Punjab Mental Hospital Lahore 1932-46 - 1932-1946
Year: 1932
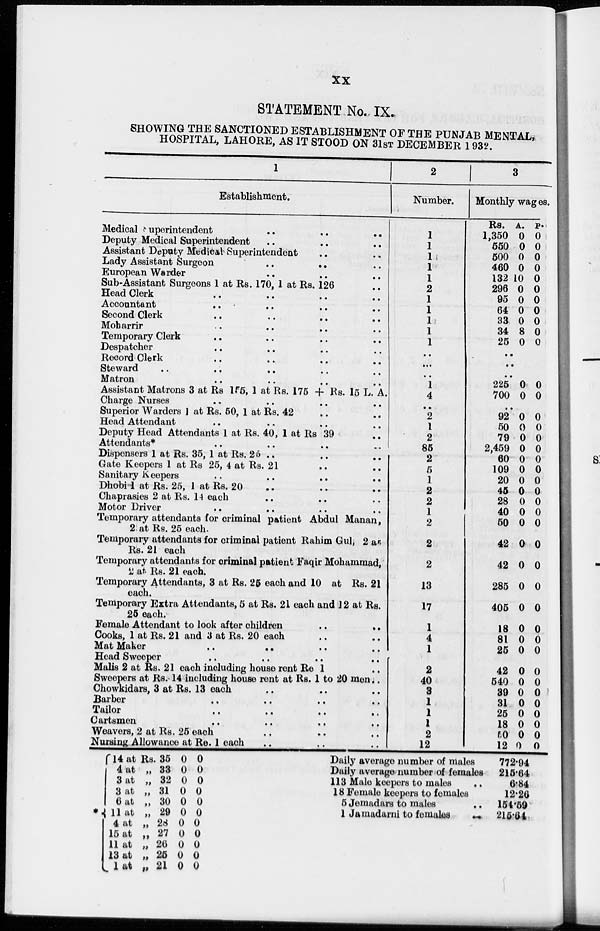
xx
STATEMENT No. IX.
SHOWING THE SANCTIONED ESTABLISHMENT OF THE PUNJAB MENTAL,
HOSPITAL, LAHORE, AS IT STOOD ON 31ST DECEMBER 1932.
1
Establishment.
Medical superintendent .. .. ..
Deputy Medical Superintendent .. .. ..
Assistant Deputy Medical Superintendent .. ..
Lady Assistant Surgeon .. .. ..
European Warder .. .. ..
Sub-Assistant Surgeons 1 at Rs. 170, 1 at Rs. 126 ..
Head Clerk .. .. .. ..
Accountant .. .. .. ..
Second Clerk .. .. .. ..
Moharrir .. .. .. ..
Temporary Clerk .. .. .. ..
Despatcher .. .. .. ..
Record Clerk .. .. .. ..
Steward .. .. .. .. ..
Matron .. .. .. ..
Assistant Matrons 3 at Rs 155, 1 at Rs. 175 + Rs. 15 L. A.
Charge Nurses .. .. .. ..
Superior Warders 1 at Rs. 50, 1 at Rs. 42 .. ..
Head Attendant .. .. .. ..
Deputy Head Attendants 1 at Rs. 40, 1 at Rs 39 ..
Attendants* .. .. .. ..
Dispensers 1 at Rs. 35, 1 at Rs. 25 .. ..
Gate Keepers 1 at Rs 25, 4 at Rs. 21 .. ..
Sanitary Keepers .. .. .. ..
Dhobi 1 at Rs. 25, 1 at Rs. 20 .. .. ..
Chaprasies 2 at Rs. 14 each .. .. ..
Motor Driver .. .. .. ..
Temporary attendants for criminal patient Abdul Manan,
2 at Rs. 25 each.
Temporary attendants for criminal patient Rahim Gul, 2 at
Rs. 21 each
Temporary attendants for criminal patient Faqir Mohammad,
2 at Rs. 21 each.
Temporary Attendants, 3 at Rs. 25 each and 10 at Rs. 21
each.
Temporary Extra Attendants, 5 at Rs. 21 each and 12 at Rs.
25 each.
Female Attendant to look after children .. ..
Cooks, 1 at Rs. 21 and 3 at Rs. 20 each .. ..
Mat Maker
..
..
..
..
Head Sweeper .. .. .. ..
Malis 2 at Rs. 21 each including house rent Re 1
Sweepers at Rs. 14 including house rent at Rs. 1 to 20 men ..
Chowkidars, 3 at Rs. 13 each .. .. ..
Barber .. .. .. ..
Tailor .. .. .. ..
Cartsmen .. .. .. ..
Weavers, 2 at Rs. 25 each .. .. ..
Nursing Allowance at Re. 1 each .. .. ..
2
Number.
1
1
1
1
1
2
1
1
1
1
1
..
..
..
1
4
..
2
1
2
85
2
5
1
2
2
1
2
2
2
13
17
1
4
1
2
40
3
1
1
1
2
12
3
Monthly wages.
Rs.
1,350
550
500
460
132
296
95
64
33
34
25
A.
0
0
0
0
10
0
0
0
0
8
0
P.
0
0
0
0
0
0
0
0
0
0
0
..
..
..
225
700
0
0
0
0
..
92
50
79
2,459
60
109
20
45
28
40
50
42
42
285
405
18
81
25
42
540
39
31
25
18
50
12
0
0
0
0
0
0
0
0
0
0
0
0
0
0
0
0
0
0
0
0
0
0
0
0
0
0
0
0
0
0
0
0
0
0
0
0
0
0
0
0
0
0
0
0
0
0
0
0
0
0
0
0
* 14 at Rs
4 at „
3 at „
3 at „
6 at „
11 at „
4 at „
15 at „
11 at „
13 at „
1 at „
35
33
32
31
30
29
28
27
26
25
21
0
0
0
0
0
0
0
0
0
0
0
0
0
0
0
0
0
0
0
0
0
0
Daily average number of males
Daily average number of females
113 Male keepers to males ..
18 Female keepers to females
5 Jemadars to males ..
1 Jamadarni to females
..
772.94
215.64
6.84
12.26
154.59
215.64